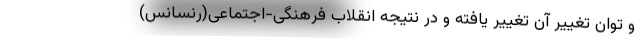
و توان تغییر آن تغییر یافته و در نتیجه انقلاب فرهنگی-اجتماعی(رنسانس)